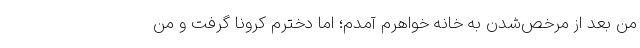
من بعد از مرخص‌شدن به خانه خواهرم آمدم؛ اما دخترم کرونا گرفت و من